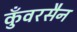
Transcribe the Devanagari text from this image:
कुँवरसैन